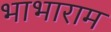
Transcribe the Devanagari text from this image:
भाभाराम